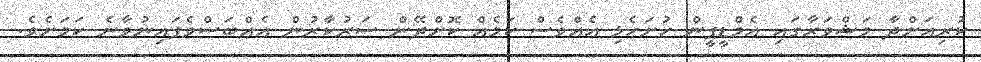
ކުރިއަށްދާ މަޝްވަރާގައި އެމްޑީޕީން ހުށަހެޅި އެއްވެސް ކަމެއް ކޮށްދޭން ސަރުކާރުން އެއްބަސްވެފައިނުވާނެ ކަމަށެވެ.